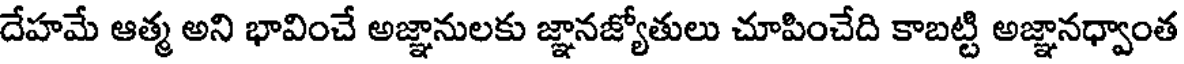
దేహమే ఆత్మ అని భావించే అజ్ఞానులకు జ్ఞానజ్యోతులు చూపించేది కాబట్టి అజ్ఞానధ్వాంత